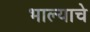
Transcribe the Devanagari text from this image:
भाल्याचे